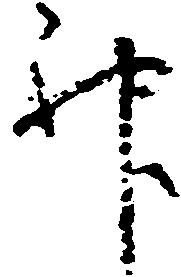
神